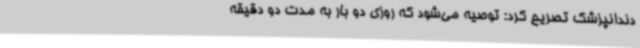
دندانپزشک تصریح کرد: توصیه می‌شود که روزی دو بار به مدت دو دقیقه